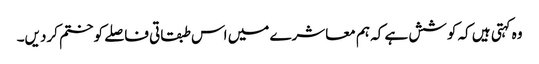
وہ کہتی ہیں کہ کوشش ہے کہ ہم معاشرے میں اس طبقاتی فاصلے کو ختم کردیں۔